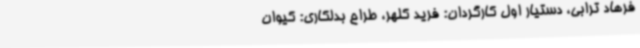
فرهاد ترابی، دستیار اول کارگردان: فرید کلهر، طراح بدلکاری: کیوان